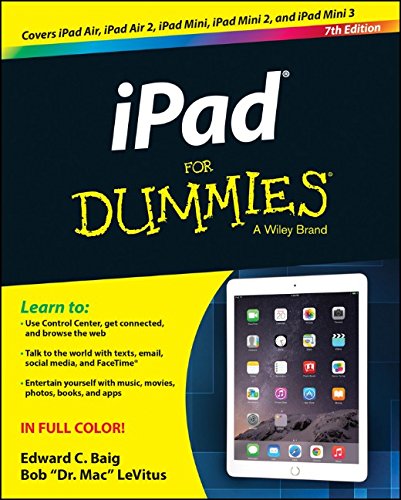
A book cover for iPad For Dummies; Edward C. Baig; Computers & Technology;